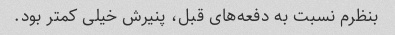
بنظرم نسبت به دفعه‌های قبل، پنیرش خیلی کمتر بود.